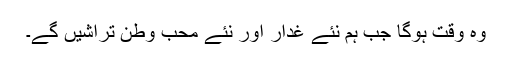
وہ وقت ہوگا جب ہم نئے غدار اور نئے محب وطن تراشیں گے۔